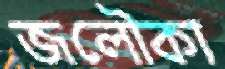
জলৌকা